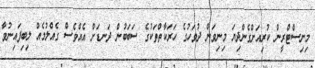
މިނިސްޓްރީން ކުރިއަށްގެންދިޔަ މިނިވަން ދުވަހުގެ ހަރަކާތްތަކުގެ ސަބަބުން ދަނޑަށް އެއްވެސް ގެއްލުމެއް ލިބިފައިނުވާ